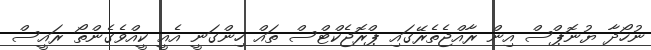
ނުހޯދާ ޔުނޮޕްސް އިން ރާއްޖެތެރޭގައި ޕްރޮޖެކްޓްސް ތައް ހިންގަނީ އެއީ ކީއްވެގެންތޯ ރައީސް